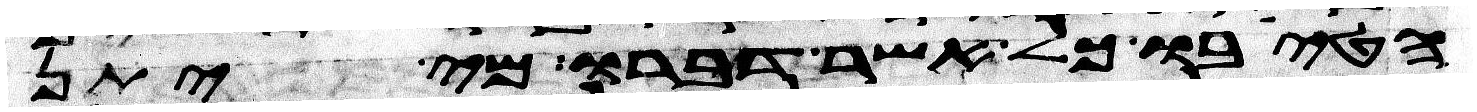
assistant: הטיבו כל אשר דברו מי יתן